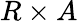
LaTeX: R\times A